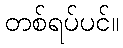
တစ်ရပ်ပင်။